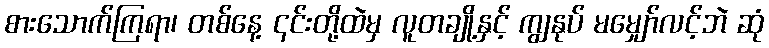
စားသောက်ကြရာ၊ တစ်နေ့ ၎င်းတို့ထဲမှ လူတချို့နှင့် ကျွနုပ် မမျှော်လင့်ဘဲ ဆုံ